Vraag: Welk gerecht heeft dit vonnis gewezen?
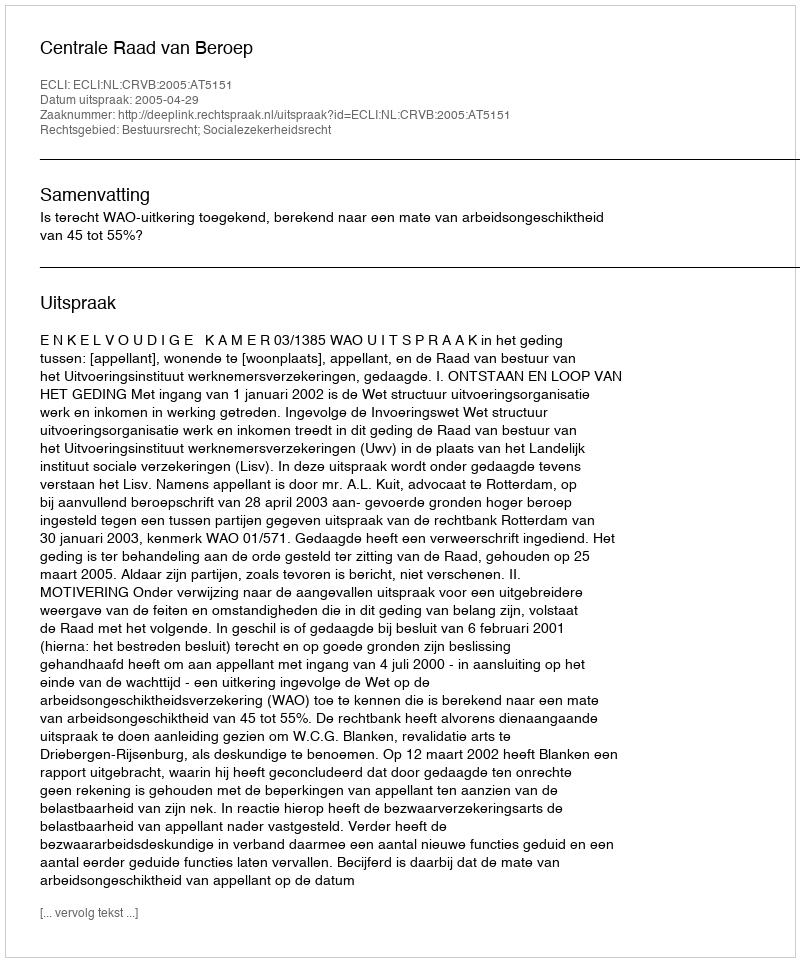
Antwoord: Centrale Raad van Beroep